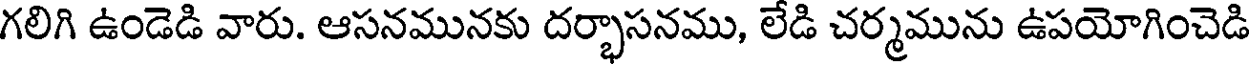
గలిగి ఉండెడి వారు. ఆసనమునకు దర్భాసనము, లేడి చర్మమును ఉపయోగించెడి